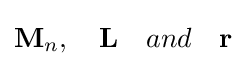
\mathbf {M} _{n},\quad \mathbf {L} \quad and\quad \mathbf {r}